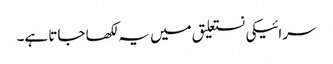
سرائیکی نستعلیق میں یہ لکھا جاتا ہے۔